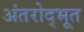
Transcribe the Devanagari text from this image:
अंतरोद्भूत